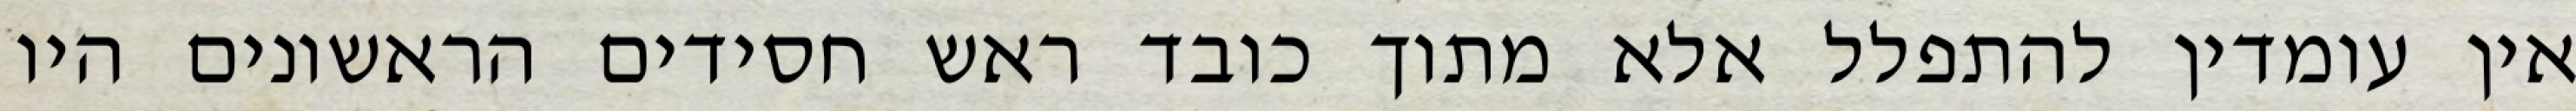
אין עומדין להתפלל אלא מתוך כובד ראש חסידים הראשונים היו